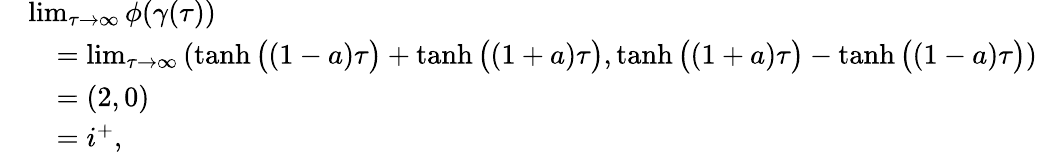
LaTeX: \begin{array}{rl}&{\operatorname*{lim}_{\tau\to\infty}\phi(\gamma(\tau))}\\ &{\quad=\operatorname*{lim}_{\tau\to\infty}\left(\operatorname{tanh}\big((1-a)\tau\big)+\operatorname{tanh}\big((1+a)\tau\big),\operatorname{tanh}\big((1+a)\tau\big)-\operatorname{tanh}\big((1-a)\tau\big)\right)}\\ &{\quad=(2,0)}\\ &{\quad=i^{+},}\end{array}